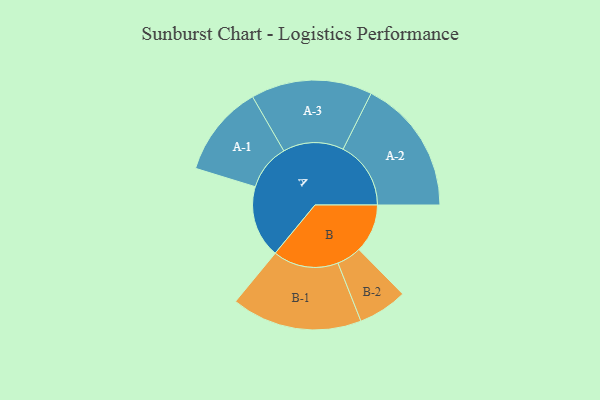
{"axis": {"x": "Segment", "y": "Value"}, "legend": ["", "A", "B"], "data": [{"x": "A", "y": 305, "type": ""}, {"x": "B", "y": 205, "type": ""}, {"x": "A-1", "y": 194, "type": "A"}, {"x": "A-2", "y": 286, "type": "A"}, {"x": "A-3", "y": 256, "type": "A"}, {"x": "B-1", "y": 276, "type": "B"}, {"x": "B-2", "y": 104, "type": "B"}]}